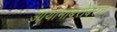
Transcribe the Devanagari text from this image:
आयामांबरोबरच